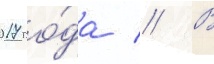
2017 го́да // В